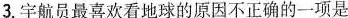
3.宇航员最喜欢看地球的原因不正确的一项是